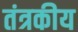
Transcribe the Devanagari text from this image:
तंत्रकीय